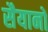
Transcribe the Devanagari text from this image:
सैयानों